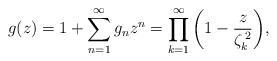
LaTeX: \begin{align*}g(z)=1+\sum_{n=1}^{\infty}g_{n}z^{n}=\prod_{k=1}^{\infty}\left(1-\frac{z}{\zeta_{k}^{\,2}}\right)\!,\end{align*}